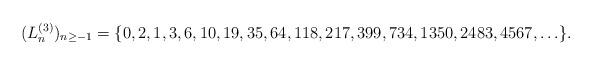
LaTeX: \begin{align*}(L_{n}^{(3)})_{n\ge -1}=\{0, 2, 1, 3, 6, 10, 19, 35, 64, 118, 217, 399, 734, 1350, 2483, 4567,\ldots\}.\end{align*}